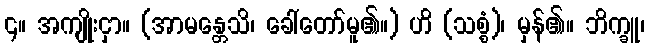
၄။ အကျိုးငှာ။ (အာမန္တေသိ၊ ခေါ်တော်မူ၏။) ဟိ (သစ္စံ)၊ မှန်၏။ ဘိက္ခူ၊